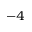
^ { - 4 }